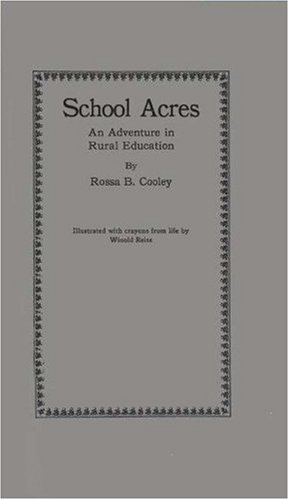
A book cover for School Acres, an Adventure in Rural Education:; Rossa Belle Cooley; Test Preparation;